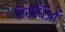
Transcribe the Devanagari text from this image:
विरोधिओं